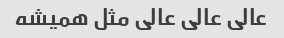
عالی عالی عالی مثل همیشه